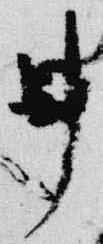
申